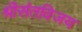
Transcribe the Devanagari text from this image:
श्रीसंतविजय